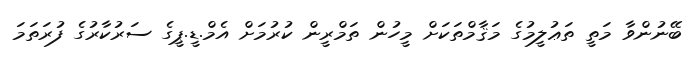
ބޭނުންވާ މަތީ ތަޢުލީމުގެ މަޤާމްތަކަށް މީހުން ތަމްރީން ކުރުމަށް އެމް.ޑީ.ޕީގެ ސަރުކާރުގެ ފުރަތަމަ